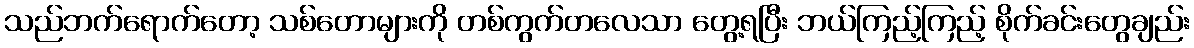
သည်ဘက်ရောက်တော့ သစ်တောများကို တစ်ကွက်တလေသာ တွေ့ရပြီး ဘယ်ကြည့်ကြည့် စိုက်ခင်းတွေချည်း